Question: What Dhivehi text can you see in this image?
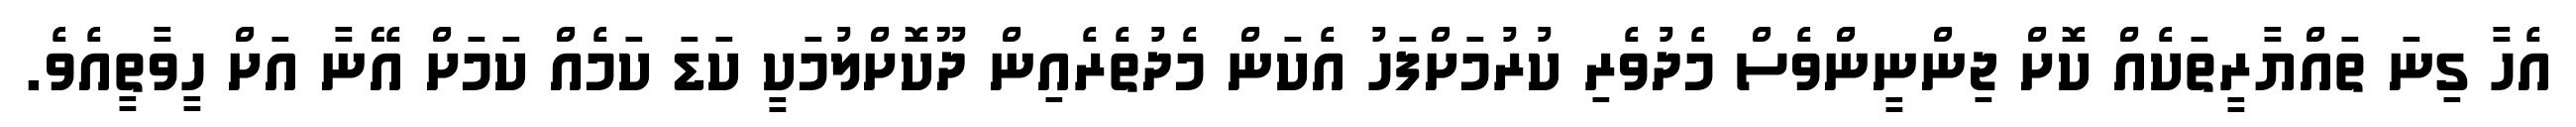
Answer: އެހާ ގިނަ ތައްޔާރީތަކެއް ކޮށް ޖިންނީންވެސް މެދުވެރި ކުރުމަށްފަހު އެކަން މެދުތެރެއިން ދޫކޮށްލުމަކީ ކަޑަ ކަމެއް ކަމަށް އޭނާ އަށް ހީވާތީއެވެ.